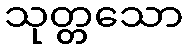
သုတ္တသော